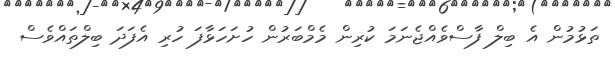
ތަޅުމުން އެ ބިލް ފާސްވެއްޖެނަމަ ކުރިން މެމްބަރުން ހުށަހަޅާފަ ހުރި އެފަދަ ބިލްތައްވެސް